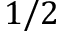
1 / 2